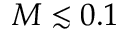
M \lesssim 0 . 1